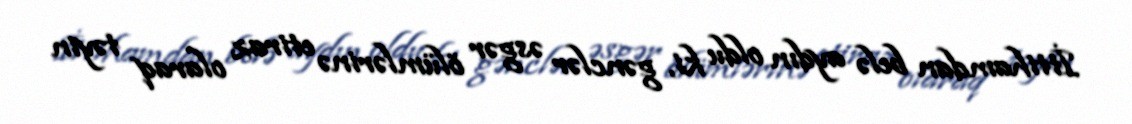
İttihamdan belə aydın oldu ki, gənclər əsgər ölümlərinə etiraz olaraq təyin